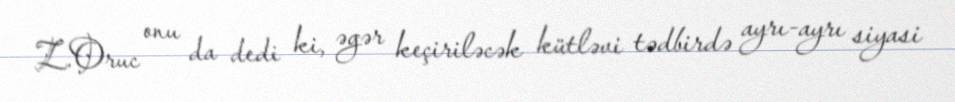
Z.Oruc onu da dedi ki, əgər keçiriləcək kütləvi tədbirdə ayrı-ayrı siyasi